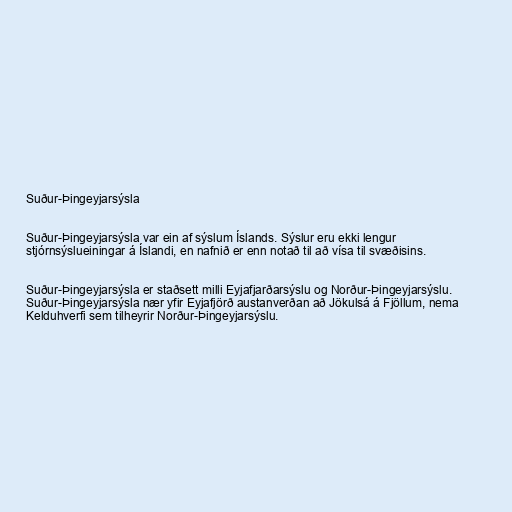
Suður-Þingeyjarsýsla

Suður-Þingeyjarsýsla var ein af sýslum Íslands. Sýslur eru ekki lengur
stjórnsýslueiningar á Íslandi, en nafnið er enn notað til að vísa til svæðisins.

Suður-Þingeyjarsýsla er staðsett milli Eyjafjarðarsýslu og Norður-Þingeyjarsýslu.
Suður-Þingeyjarsýsla nær yfir Eyjafjörð austanverðan að Jökulsá á Fjöllum, nema
Kelduhverfi sem tilheyrir Norður-Þingeyjarsýslu.